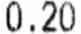
0.20